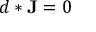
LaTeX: d * \mathbf { J } = 0